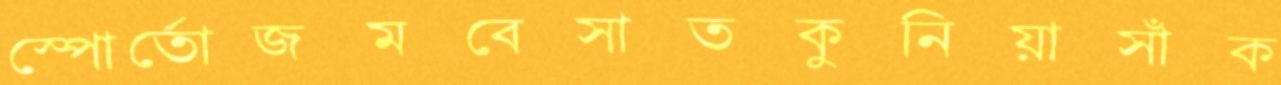
স্পোর্তোজমবেসাতকুনিয়াসাঁক